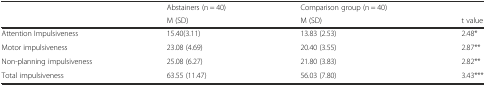
<table><thead><tr><td rowspan="2"></td><td><b>Abstainers (n = 40)</b></td><td><b>Comparison group (n = 40)</b></td><td></td></tr><tr><td><b>M (SD)</b></td><td><b>M (SD)</b></td><td><b>t value</b></td></tr></thead><tbody><tr><td>Attention Impulsiveness</td><td>15.40(3.11)</td><td>13.83 (2.53)</td><td>2.48*</td></tr><tr><td>Motor impulsiveness</td><td>23.08 (4.69)</td><td>20.40 (3.55)</td><td>2.87**</td></tr><tr><td>Non-planning impulsiveness</td><td>25.08 (6.27)</td><td>21.80 (3.83)</td><td>2.82**</td></tr><tr><td>Total impulsiveness</td><td>63.55 (11.47)</td><td>56.03 (7.80)</td><td>3.43***</td></tr></tbody></table>